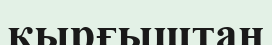
қырғыштан